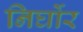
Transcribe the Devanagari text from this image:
निर्घोर